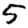
Digit: 5